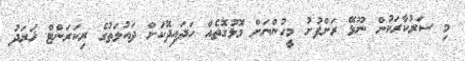
މި ސަރުކާރަކުން ނޫޅޭ ރަށްފުށު މީހުންނަށް މޮޅުގޮތެއް ހަދައިދޭކަށް ދައުލަތުގެ ރިކަރަންޓް ޚަރަދު